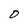
Character: O